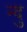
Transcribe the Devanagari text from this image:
न्दु